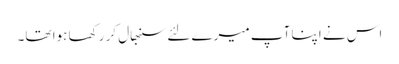
اس نے اپنا آپ میرے لئے سنبھال کر رکھا ہوا تھا۔